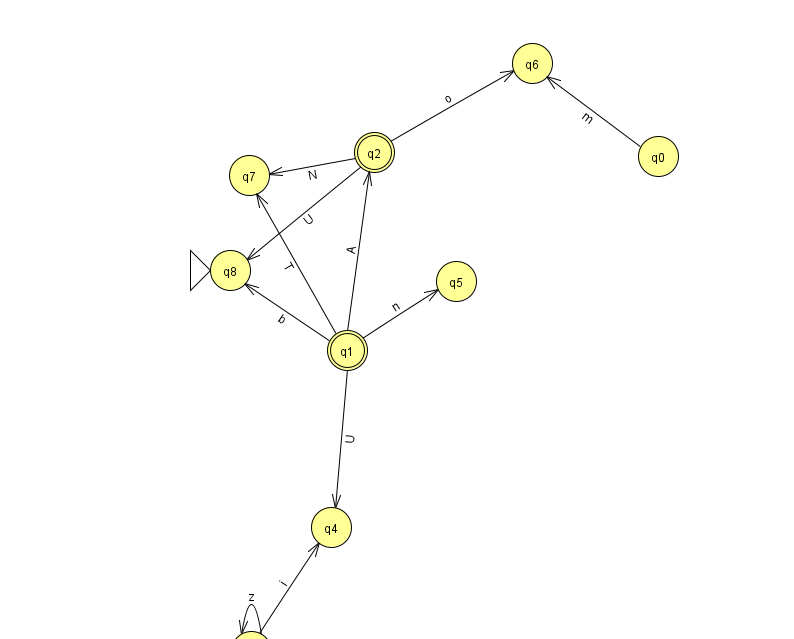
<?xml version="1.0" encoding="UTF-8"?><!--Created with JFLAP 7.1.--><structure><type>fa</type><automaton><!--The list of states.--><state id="0" name="q0"><x>658.0</x><y>143.0</y></state><state id="1" name="q1"><x>347.0</x><y>337.0</y><final/></state><state id="2" name="q2"><x>374.0</x><y>139.0</y><final/></state><state id="3" name="q3"><x>251.0</x><y>638.0</y></state><state id="4" name="q4"><x>331.0</x><y>514.0</y></state><state id="5" name="q5"><x>456.0</x><y>268.0</y></state><state id="6" name="q6"><x>532.0</x><y>50.0</y></state><state id="7" name="q7"><x>249.0</x><y>162.0</y></state><state id="8" name="q8"><x>230.0</x><y>257.0</y><initial/></state><!--The list of transitions.--><transition><from>1</from><to>8</to><read>b</read></transition><transition><from>0</from><to>6</to><read>m</read></transition><transition><from>1</from><to>2</to><read>A</read></transition><transition><from>3</from><to>4</to><read>i</read></transition><transition><from>2</from><to>6</to><read>o</read></transition><transition><from>3</from><to>3</to><read>z</read></transition><transition><from>1</from><to>4</to><read>U</read></transition><transition><from>1</from><to>5</to><read>n</read></transition><transition><from>1</from><to>7</to><read>T</read></transition><transition><from>2</from><to>7</to><read>N</read></transition><transition><from>2</from><to>8</to><read>U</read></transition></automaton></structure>